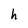
Character: h